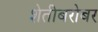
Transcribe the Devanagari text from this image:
शेतीबरोबर